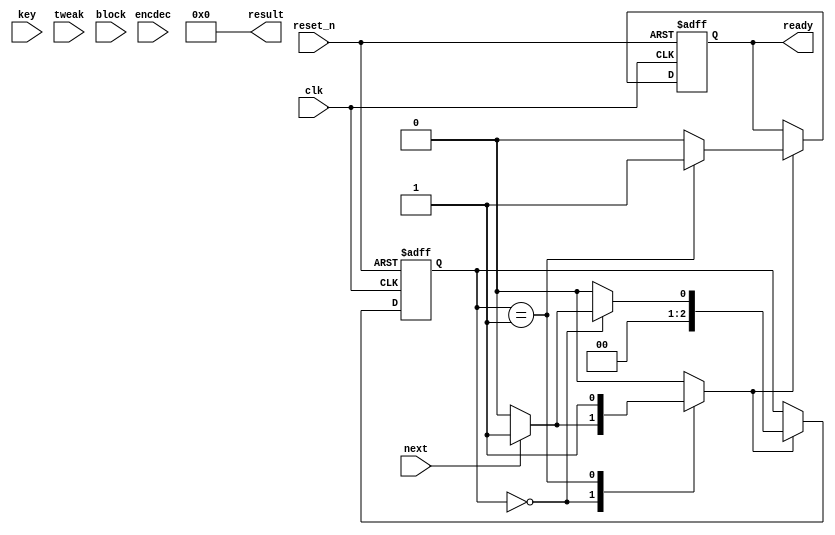
module qarma_core(
                   input wire            clk,
                   input wire            reset_n,

                   input wire            encdec,
                   input wire            next,
                   output wire           ready,

                   input wire [255 : 0]  key,
                   input wire [127 : 0]  tweak,

                   input wire [127 : 0]  block,
                   output wire [127 : 0] result
                  );


  //----------------------------------------------------------------
  // Internal constant and parameter definitions.
  //----------------------------------------------------------------
  localparam CTRL_IDLE = 3'h0;
  localparam CTRL_DONE = 3'h1;

  localparam alpha = 128'h243f6a8885a308d3_13198a2e03707344;

  localparam c0    = 128'h0000000000000000_0000000000000000;
  localparam c1    = 128'ha4093822299f31d0_082efa98ec4e6c89;
  localparam c2    = 128'h452821e638d01377_be5466cf34e90c6c;
  localparam c3    = 128'hc0ac29b7c97c50dd_3f84d5b5b5470917;
  localparam c4    = 128'h9216d5d98979fb1b_d1310ba698dfb5ac;
  localparam c5    = 128'h2ffd72dbd01adfb7_b8e1afed6a267e96;
  localparam c6    = 128'hba7c9045f12c7f99_24a19947b3916cf7;
  localparam c7    = 128'h0801f2e2858efc16_636920d871574e69;
  localparam c8    = 128'ha458fea3f4933d7e_0d95748f728eb658;
  localparam c9    = 128'h718bcd5882154aee_7b54a41dc25a59b5;
  localparam c10   = 128'h9c30d5392af26013_c5d1b023286085f0;


  //----------------------------------------------------------------
  // Registers including update variables and write enable.
  //----------------------------------------------------------------
  reg          ready_reg;
  reg          ready_new;
  reg          ready_we;

  reg [2 : 0]  core_ctrl_reg;
  reg [2 : 0]  core_ctrl_new;
  reg          core_ctrl_we;


  //----------------------------------------------------------------
  // Wires.
  //----------------------------------------------------------------


  //----------------------------------------------------------------
  // Concurrent connectivity for ports etc.
  //----------------------------------------------------------------
  assign ready  = ready_reg;
  assign result = 128'h0;


  //----------------------------------------------------------------
  // reg_update
  //
  // Update functionality for all registers in the core.
  // All registers are positive edge triggered with asynchronous
  // active low reset.
  //----------------------------------------------------------------
  always @ (posedge clk or negedge reset_n)
    begin: reg_update
      if (!reset_n)
        begin
          ready_reg     <= 1'h1;
          core_ctrl_reg <= CTRL_IDLE;
        end
      else
        begin
          if (ready_we)
            ready_reg <= ready_new;

          if (core_ctrl_we)
            core_ctrl_reg <= core_ctrl_new;
        end
    end // reg_update


  //----------------------------------------------------------------
  // qarma_core_dp
  //
  // Datapath with state update logic.
  //----------------------------------------------------------------
  always @*
    begin : qarma_core_dp
    end // qarma_core_dp


  //----------------------------------------------------------------
  // qarma_core_ctrl
  //
  // Control FSM for aes core.
  //----------------------------------------------------------------
  always @*
    begin : qarma_core_ctrl
      ready_new     = 1'h0;
      ready_we      = 1'h0;
      core_ctrl_new = CTRL_IDLE;
      core_ctrl_we  = 1'h0;

      case (core_ctrl_reg)
        CTRL_IDLE: begin
            if (next) begin
              ready_new     = 1'h0;
              ready_we      = 1'h1;
              core_ctrl_new = CTRL_DONE;
              core_ctrl_we  = 1'h1;
            end
        end


        CTRL_DONE: begin
          ready_new     = 1'h1;
          ready_we      = 1'h1;
          core_ctrl_new = CTRL_IDLE;
          core_ctrl_we  = 1'h1;
        end

        default: begin
        end
      endcase // case (core_ctrl_reg)
    end // qarma_core_ctrl

endmodule